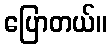
ပြောတယ်။